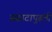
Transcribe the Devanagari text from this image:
सम्राटापुढती